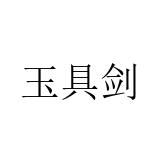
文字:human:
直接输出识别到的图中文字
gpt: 玉具剑